Indian journal of veterinary science and animal husbandry - Volume 2,
Year: 1932
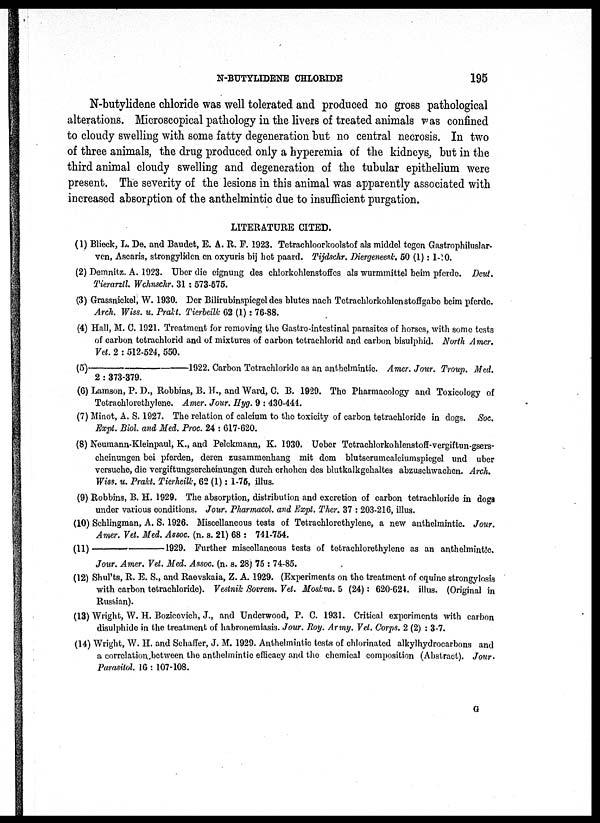
N-BUTYLIDENE CHLORIDE
195
N-butylidene chloride was well tolerated and produced no gross pathological
alterations. Microscopical pathology in the livers of treated animals was confined
to cloudy swelling with some fatty degeneration but no central necrosis. In two
of three animals, the drug produced only a hyperemia of the kidneys, but in the
third animal cloudy swelling and degeneration of the tubular epithelium were
present. The severity of the lesions in this animal was apparently associated with
increased absorption of the anthelmintic due to insufficient purgation.
LITERATURE CITED.
(1) Blieck, L. De, and Baudet, E. A. R. F. 1923. Tetrachloorkoolstof als middel tegen Gastrophiluslar-
ven, Ascaris, strongyliden on oxyuris bij hot paard. Tijdschr. Diergeneesk. 50 (1): 140.
(2) Demnitz. A. 1923. Uber die cignung des chlorkohlenstoffes als wurmmittel beim pferde. Deut.
Tierarzll. Wchnschr. 31: 573-575.
(3) Grassnickel, W. 1930. Der Bilirubinspiegel des blutes nach Tetrachlorkohlenstoffgabe beim pferde.
Arch. Wiss. u. Prakt. Tierbeilk 62 (1): 76-88.
(4) Hall, M. C. 1921. Treatment for removing the Gastro-intestinal parasites of horses, with some tests
of carbon tetrachlorid and of mixtures of carbon tetrachlorid and carbon bisulphid. North Amer.
Vet. 2 : 512-524, 550.
(5)—
1922.
Carbon Tetrachloride as an anthelmintic. Amer. Jour. Troup. Med.
2 :373-379.
(6) Lamson, P. D., Robbins, B. H., and Ward, C. B. 1929. The Pharmacology and Toxicology of
Tetrachlorethylene. Amer. Jour. Hyg. 9 : 430-444.
(7) Minot, A. S. 1927. The relation of calcium to the toxicity of carbon tetrachloride in dogs. Soc.
Expt. Biol. and Med. Proc. 24 : 617-620.
(8) Neumann-Kleinpaul, K., and Pelckmann, K. 1930. Ueber Tetrachlorkohlenstoff-vergiftun-gsers¬
cheinungen bei pferden, deren zusammenhang mit dem blutserumcalciumspiegel and aber
versuche, die vergiftungsercheinungen durch erhohen des blutkalkgehaltes abzuschwachen. Arch.
Wiss. u. Prakt. Tierheilk, 62 (1): 1-75, illus.
(9) Robbins, B. H. 1929. The absorption, distribution and excretion of carbon tetrachloride in dogs
under various conditions. Jour. Phrmacol. and Expt. Ther. 37 : 203-216, illus.
(10) Schlingman, A. S. 1926. Miscellaneous tests of Tetrachlorethylene, a new anthelmintic. Jour.
Amer. Vet. Med. Assoc, (n. s. 21) 68 : 741-754.
(11) —
1929. Further miscellaneous tests of tetrachlorethylene as an anthelmintic.
Jour. Amer. Vet. Med. Assoc. (n. s. 28) 75 : 74-85.
(12) Shul'ts, R. E. S., and Raevskaia, Z. A. 1929. (Experiments on the treatment of equine strongylosis
with carbon tetrachloride). Vestnik Sovrem. Vet. Moskva. 5 (24): 620-624. illus. (Original in
Russian).
(13) Wright, W. H. Bozicevich, J., and Underwood, P. C. 1931. Critical experiments with carbon
disulphide in the treatment of habronemiasis. Jour. Roy. Army. Vet Corps. 2 (2) : 3-7.
(14) Wright, W. H. and Schaffer, J. M. 1929. Anthelmintic tests of chlorinated alkylhydrocarbons and
a correlation between the anthelmintic efficacy and the chemical composition (Abstract). Jour.
Parasitol. 16: 107-108.
G